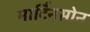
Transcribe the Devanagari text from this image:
मार्टिनसोन